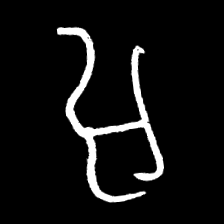
Pyu character \u2014 Myanmar letter: အ (romanized: a)